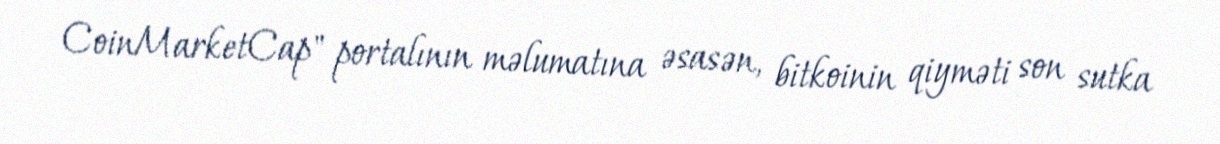
CoinMarketCap" portalının məlumatına əsasən, bitkoinin qiyməti son sutka